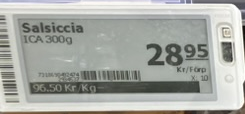
Vara: Salsiccia
Genomsnittspris: 96.5 per kg